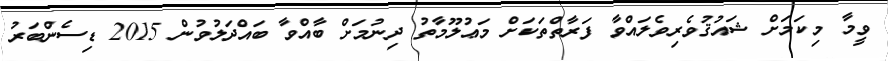
ވީމާ މިކަމަށް ޝައުޤުވެރިވެލައްވާ ފަރާތްތަކަށް މަޢުލޫމާތު ދިނުމަށް ބާއްވާ ބައްދަލުވުން 2015 ޑިސެންބަރު